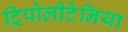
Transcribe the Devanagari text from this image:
ट्रिपोलीटेनिया